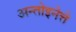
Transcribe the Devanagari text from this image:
अन्तोइनेत्ते